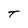
Character: T